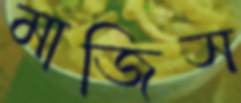
মাজিস